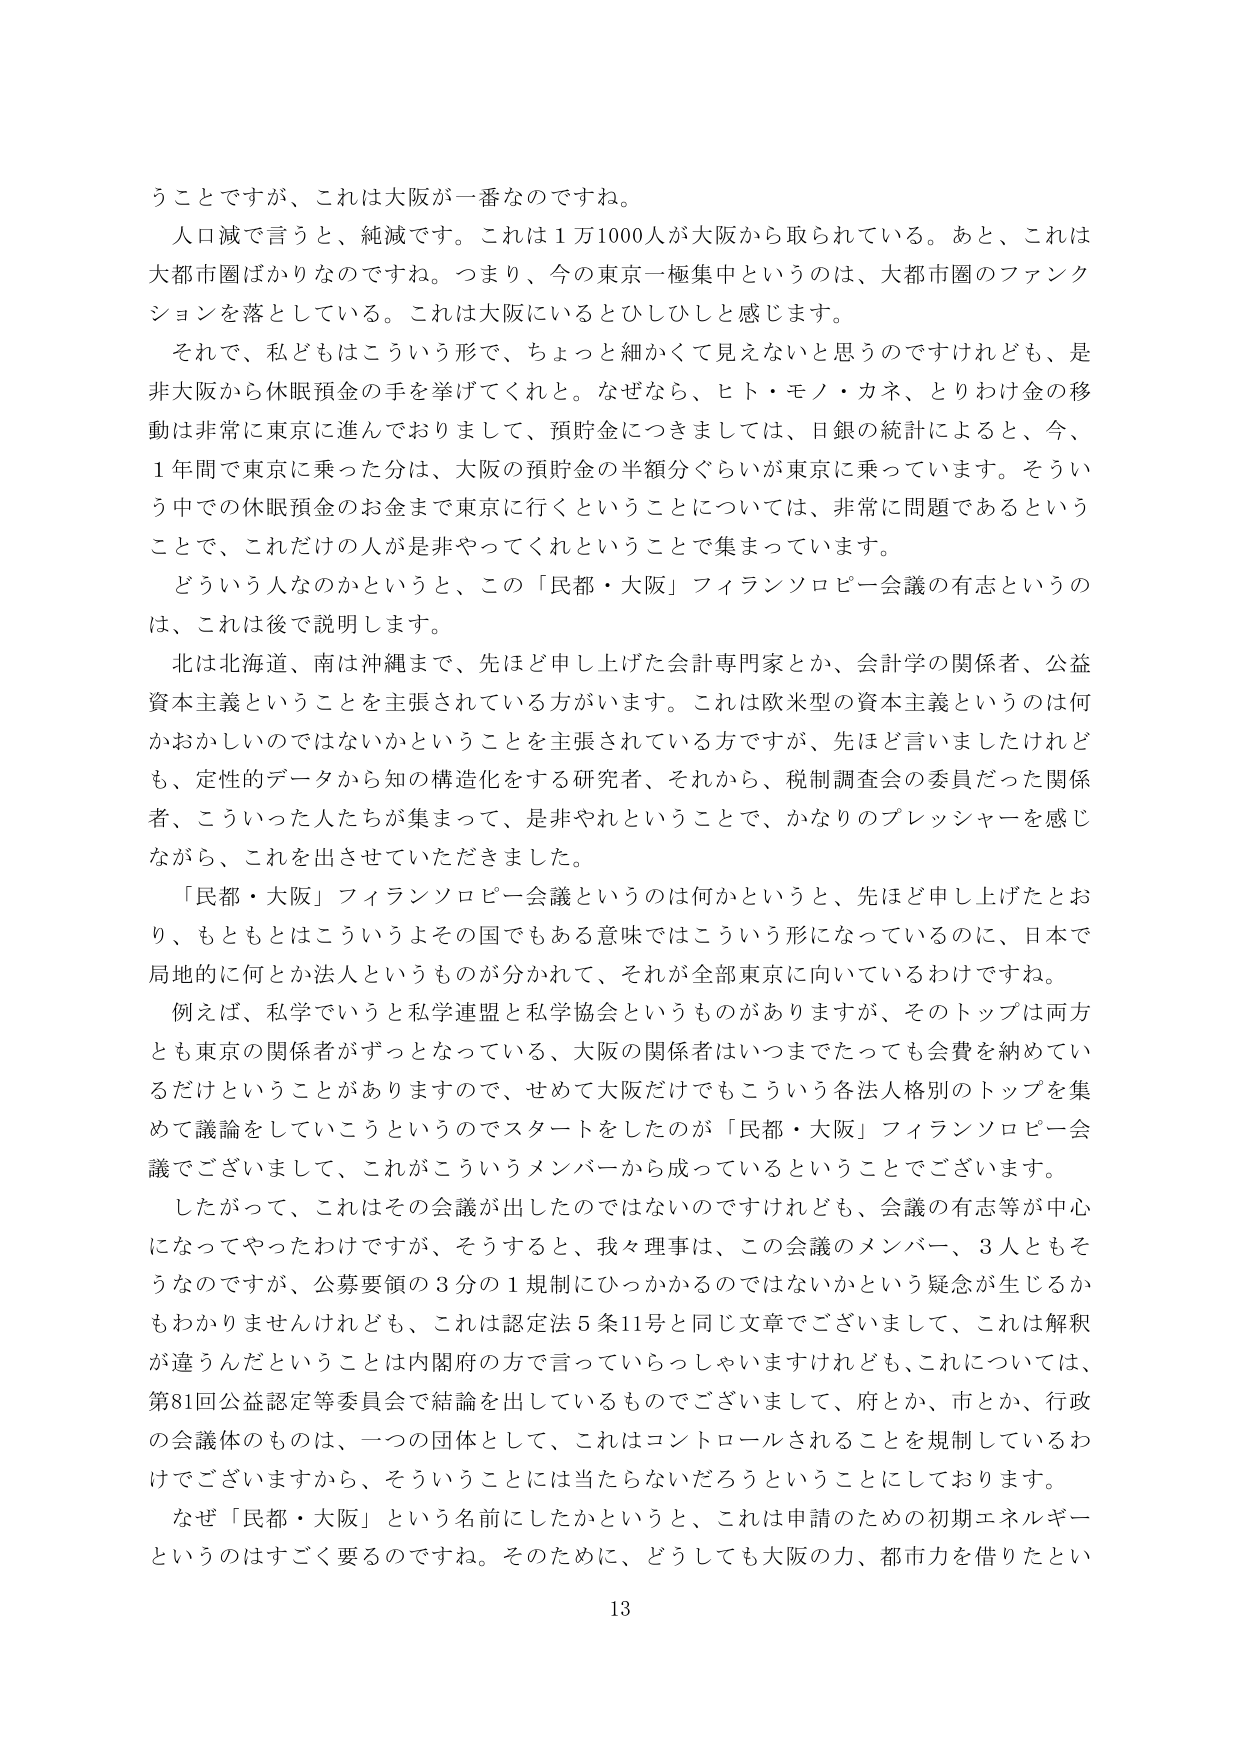
うことですが、これは大阪が一番なのですね。

人口減で言うと、純減です。これは１万1000人が大阪から取られている。あと、これは大都市圏ばかりなのですね。つまり、今の東京一極集中というのは、大都市圏のファンクションを落としている。これは大阪にいるとひしひしと感じます。

それで、私どもはこういう形で、ちょっと細かくて見えないと思うのですけれども、是非大阪から休眠預金の手を挙げてくれと。なぜなら、ヒト・モノ・カネ、とりわけ金の移動は非常に東京に進んでおりまして、預貯金につきましては、日銀の統計によると、今、１年間で東京に乗った分は、大阪の預貯金の半額分ぐらいが東京に乗っています。そういう中での休眠預金のお金まで東京に行くということについては、非常に問題であるということで、これだけの人が是非やってくれということで集まっています。

どういう人なのかというと、この「民都・大阪」フィランソロピー会議の有志というのは、これは後で説明します。

北は北海道、南は沖縄まで、先ほど申し上げた会計専門家とか、会計学の関係者、公益資本主義ということを主張されている方がいます。これは欧米型の資本主義というのは何かおかしいのではないかということを主張されている方ですが、先ほど言いましたけれども、定性的データから知の構造化をする研究者、それから、税制調査会の委員だった関係者、こういった人たちが集まって、是非やれということで、かなりのプレッシャーを感じながら、これを出させていただきました。

「民都・大阪」フィランソロピー会議というのは何かというと、先ほど申し上げたとおり、もともとはこういうよその国でもある意味ではこういう形になっているのに、日本で局地的に何とか法人というものが分かれて、それが全部東京に向いているわけです。

例えば、私学でいうと私学連盟と私学協会というものがありますが、そのトップは両方とも東京の関係者がずっとなっている、大阪の関係者はいつまでたっても会費を納めているだけということがありますので、せめて大阪だけでもこういう各法人格別のトップを集めて議論をしていこうというのでスタートをしたのが「民都・大阪」フィランソロピー会議でございまして、これがこういうメンバーから成っているということでございます。

したがって、これはその会議が出したのではないのですけれども、会議の有志等が中心になってやったわけですが、そうすると、我々理事は、この会議のメンバー、３人ともそうなのですが、公募要領の３分の１規制にひっかかるのではないかという疑念が生じるかもわかりませんけれども、これは認定法５条11号と同じ文章でございまして、これは解釈が違うんだということは内閣府の方で言っていらっしゃいますけれども、これについては、第81回公益認定等委員会で結論を出しているものでございまして、府とか、市とか、行政の会議体のものは、一つの団体として、これはコントロールされることを規制しているわけでございますから、そういうことには当たらないだろうということにしております。

なぜ「民都・大阪」という名前にしたかというと、これは申請のための初期エネルギーというのはすごく要るのですね。そのために、どうしても大阪の力、都市力を借りたい

13